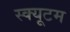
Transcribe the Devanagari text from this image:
स्क्यूटम